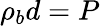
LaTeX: \rho_{b}d=P